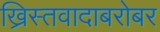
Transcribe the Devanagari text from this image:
ख्रिस्तवादाबरोबर